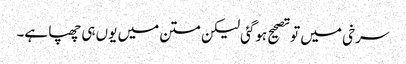
سرخی میں تو تصحیح ہوگئی لیکن متن میں یوں ہی چھپا ہے۔